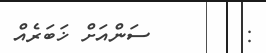
:        ސަންއަށް ޚަބަރެއް